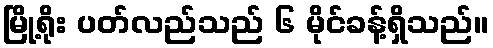
မြို့ရိုး ပတ်လည်သည် ၆ မိုင်ခန့်ရှိသည်။